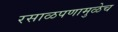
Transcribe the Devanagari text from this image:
रसाळपणामुळेच